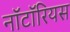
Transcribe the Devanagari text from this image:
नॉटॉरियस